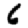
Digit: 6